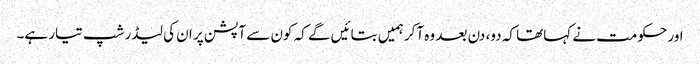
اور حکومت نے کہاتھا کہ دو، دن بعد وہ آکر ہمیں بتائیں گے کہ کون سے آپشن پر ان کی لیڈر شپ تیار ہے۔